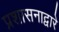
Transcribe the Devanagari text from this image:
प्रशासनाद्वारे